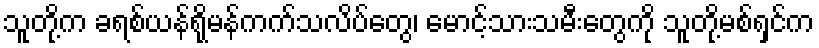
သူတို့က ခရစ်ယန်ရိုမန်ကက်သလိပ်တွေ၊ မောင့်သားသမီးတွေကို သူတို့မစ်ရှင်က